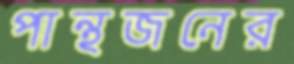
পান্থজনের